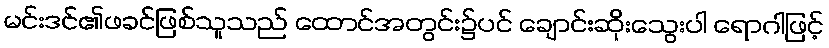
မင်းဒင်၏ဖခင်ဖြစ်သူသည် ထောင်အတွင်း၌ပင် ချောင်းဆိုးသွေးပါ ရောဂါဖြင့်